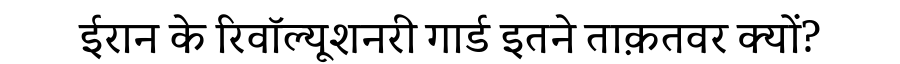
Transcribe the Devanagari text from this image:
ईरान के रिवॉल्यूशनरी गार्ड इतने ताक़तवर क्यों?